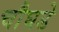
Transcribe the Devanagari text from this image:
चौघडे